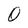
Character: O